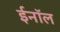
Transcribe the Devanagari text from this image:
ईनॉल